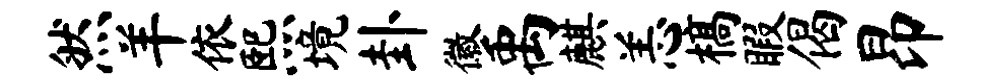
然羊依熙境卦徽禹麒恙槁暇偈昂